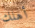
أهلك